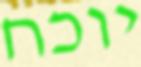
יוכח